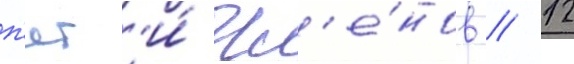
п'ят'и́ чл'е́нов // 12